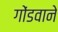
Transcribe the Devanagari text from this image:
गोंडवाने